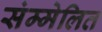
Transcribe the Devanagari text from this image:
संम्मेलित